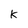
Character: K